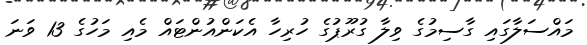
މައްސަލާގައި ގާސިމުގެ ވިލާ ގުރޫޕުގެ ހުރިހާ އެކަންއުންޓައް މެއި މަހުގެ 13 ވަނަ